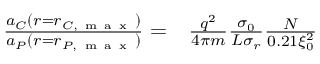
\begin{array} { r l } { \frac { a _ { C } ( r = r _ { C , \mathrm { ~ m ~ a ~ x ~ } } ) } { a _ { P } ( r = r _ { P , \mathrm { ~ m ~ a ~ x ~ } } ) } = } & { { } \frac { q ^ { 2 } } { 4 \pi m } \frac { \sigma _ { 0 } } { L \sigma _ { r } } \frac { N } { 0 . 2 1 \xi _ { 0 } ^ { 2 } } } \end{array}